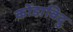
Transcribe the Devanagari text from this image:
कोंडाविदु